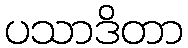
ပသာဒိတာ